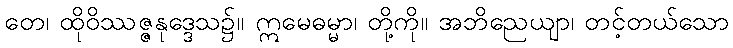
တေ၊ ထိုဝိဿဇ္ဇနုဒ္ဒေသ၌။ ဣမေဓမ္မာ၊ တို့ကို။ အဘိညေယျာ၊ တင့်တယ်သော